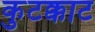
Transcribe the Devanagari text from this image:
कुटक्काट